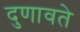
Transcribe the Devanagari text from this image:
दुणावते